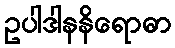
ဥပါဒါနနိရောဓာ